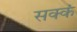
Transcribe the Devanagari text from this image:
सक्कं